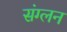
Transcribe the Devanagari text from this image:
संग्लन